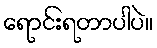
ရောင်းရတာပါပဲ။